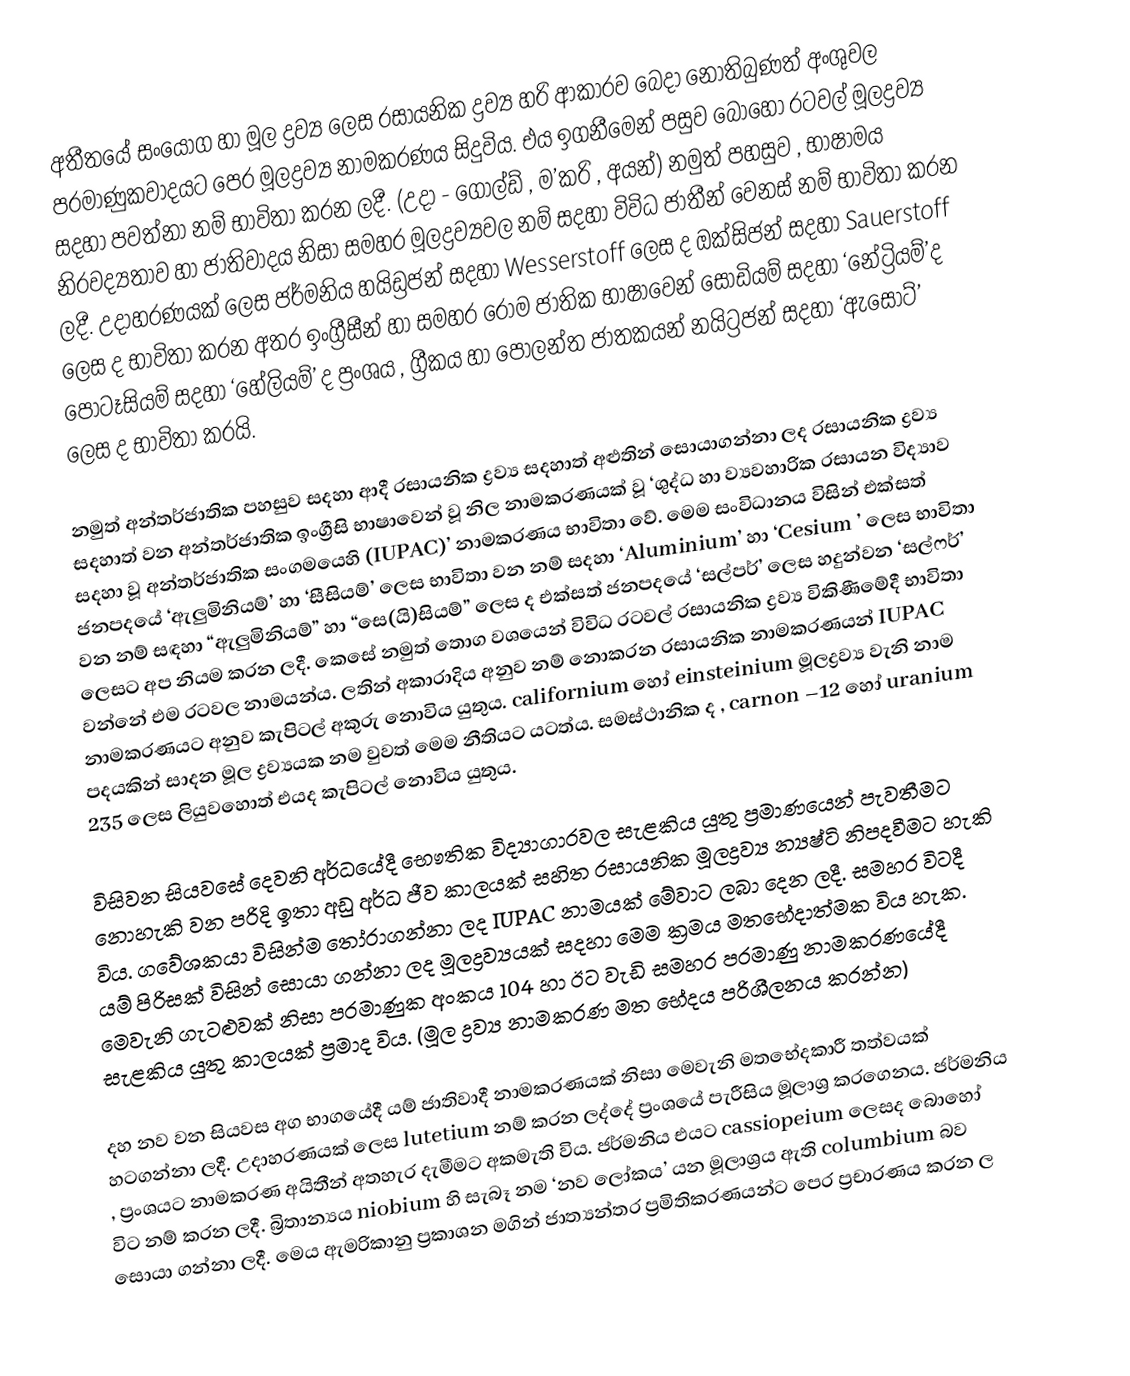
අතීතයේ සංයෝග හා මූල ද්‍රව්‍ය ලෙස රසායනික ද්‍රව්‍ය හරි ආකාරව බෙදා නොතිබුණත් අංශුවල පරමාණුකවාදයට පෙර මූලද්‍රව්‍ය නාමකරණය සිදුවිය. එය ඉගනීමෙන් පසුව බොහෝ රටවල් මූලද්‍රව්‍ය සදහා පවත්නා නම්  භාවිතා කරන ලදී. (උදා - ගෝල්ඩ් , ම’කරි , අයන්) නමුත් පහසුව , භාෂාමය නිරවද්‍යතාව හා ජාතිවාදය නිසා සමහර මූලද්‍රව්‍යවල නම් සදහා විවිධ  ජාතීන් වෙනස් නම් භාවිතා කරන ලදී. උදාහරණයක් ලෙස ජර්මනිය හයිඩ්‍රජන් සදහා Wesserstoff ලෙස ද ඔක්සිජන් සදහා Sauerstoff ලෙස ද භාවිතා කරන අතර ඉංග්‍රීසීන් හා සමහර රෝම ජාතික භාෂාවෙන් සෝඩියම් සදහා ‘නේට්‍රියම්’ද පොටෑසියම් සදහා ‘හේලියම්’ ද ප්‍රංශය , ග්‍රීකය හා පෝලන්ත ජාතකයන් නයිට්‍රජන් සදහා ‘ඇසෝට්’ ලෙස ද භාවිතා කරයි.

නමුත් අන්තර්ජාතික පහසුව සදහා ආදී රසායනික ද්‍රව්‍ය සදහාත් අළුතින් සොයාගන්නා ලද රසායනික ද්‍රව්‍ය සදහාත් වන අන්තර්ජාතික ඉංග්‍රීසි භාෂාවෙන් වූ නිල නාමකරණයක් වූ  ‘ශුද්ධ හා ව්‍යවහාරික රසායන විද්‍යාව සදහා වූ අන්තර්ජාතික සංගමයෙහි  (IUPAC)’ නාමකරණය භාවිතා වේ. මෙම සංවිධානය විසින් එක්සත් ජනපද‍යේ ‘ඇලුමිනියම්’ හා ‘සීසියම්’ ලෙස භාවිතා වන නම් සදහා ‘Aluminium’ හා ‘Cesium ‍’ ලෙස භාවිතා වන නම් සඳහා “ඇලුමිනියම්” හා “සෙ(යි)සියම්” ලෙස ද එක්සත් ජනපදයේ ‘සල්පර්’ ලෙස හදුන්වන ‘සල්ෆර්’ ලෙසට අප නියම කරන ලදී. කෙසේ නමුත් තොග වශයෙන් විවිධ රටවල් රසායනික ද්‍රව්‍ය විකිණීමේදී භාවිතා වන්නේ එම රටවල නාමයන්ය.  ලතින්  අකාරාදිය අනුව නම් නොකරන රසායනික නාමකරණයන් IUPAC නාමකරණයට අනුව කැපිටල් අකුරු නොවිය යුතුය. californium හෝ einsteinium මූලද්‍රව්‍ය වැනි නාම පදයකින් සාදන මූල ද්‍රව්‍යයක නම වුවත් මෙම නීතියට යටත්ය. සමස්ථානික ද , carnon –12 හෝ uranium 235 ලෙස ලියුවහොත් එයද කැපිටල් නොවිය යුතුය.

විසිවන සියවසේ දෙවනි අර්ධයේදී භෞතික විද්‍යාගාරවල සැළකිය යුතු ප්‍රමාණයෙන් පැවතීමට නොහැකි වන පරිදි ඉතා අඩු අර්ධ ජීව කාලයක් සහිත රසායනික මූලද්‍රව්‍ය න්‍යෂ්ටි නිපදවීමට හැකි විය. ගවේශකයා විසින්ම තෝරාගන්නා ලද IUPAC නාමයක් මේවාට ලබා දෙන ලදී. සමහර විටදී යම් පිරිසක් විසින් සොයා ගන්නා ලද මූලද්‍රව්‍යයක් සදහා මෙම ක්‍රමය මතභේදාත්මක විය හැක. මෙවැනි ගැටළුවක් නිසා පරමාණුක අංකය 104 හා ඊට වැඩි සමහර පරමාණු නාමකරණයේදී සැළකිය යුතු කාලයක් ප්‍රමාද විය. (මූල ද්‍රව්‍ය නාමකරණ මත භේදය පරිශීලනය කරන්න)

දහ නව වන සියවස අග භාගයේදී යම් ජාතිවාදී නාමකරණයක් නිසා මෙවැනි මතභේදකාරී තත්වයක් හටගන්නා ලදී. උදාහරණයක්  ලෙස lutetium නම් කරන ලද්දේ ප්‍රංශයේ පැරීසිය මූලාශ්‍ර කරගෙනය. ජර්මනිය , ප්‍රංශයට නාමකරණ අයිතීන් අතහැර දැමීමට අකමැති විය. ජර්මනිය එයට cassiopeium ලෙසද බොහෝ විට නම් කරන ලදී. බ්‍රිතාන්‍යය niobium හි සැබෑ නම ‘‍නව ලෝකය’ යන මූලාශ්‍රය ඇති columbium  බව සොයා ගන්නා ලදී. මෙය  ඇමරිකානු ප්‍රකාශන මගින් ජාත්‍යන්තර ප්‍රමිතිකරණයන්ට පෙර ප්‍රචාරණය කරන ල